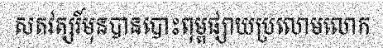
សតវត្សរ៍មុនបានបោះពុម្ពផ្សាយប្រលោមលោក